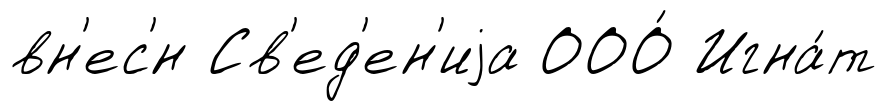
вн'ес'́н Св'ед'ен'иjа ООО́ Игна́т